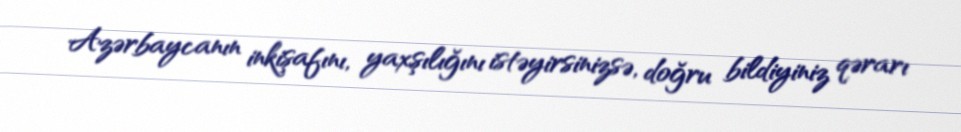
Azərbaycanın inkişafını, yaxşılığını istəyirsinizsə, doğru bildiyiniz qərarı